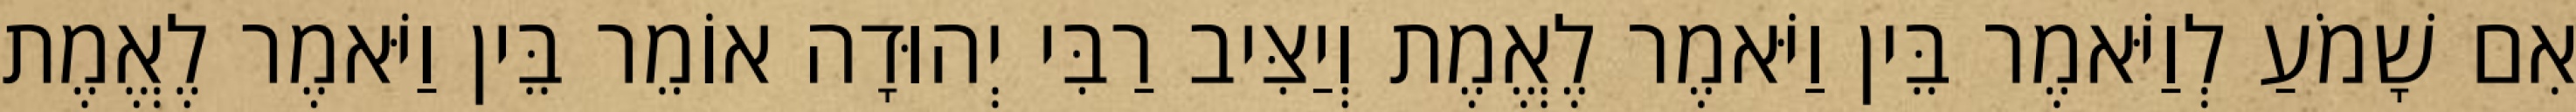
אִם שָׁמֹעַ לְוַיֹּאמֶר בֵּין וַיֹּאמֶר לֶאֱמֶת וְיַצִּיב רַבִּי יְהוּדָה אוֹמֵר בֵּין וַיֹּאמֶר לֶאֱמֶת